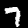
Label: 7